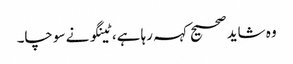
وہ شاید صحیح کہہ رہا ہے، ٹینگو نے سوچا۔